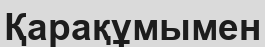
Қарақұмымен